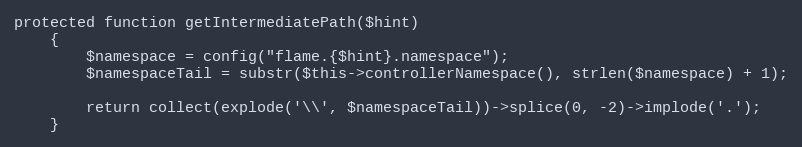
Language: PHP
protected function getIntermediatePath($hint)
    {
        $namespace = config("flame.{$hint}.namespace");
        $namespaceTail = substr($this->controllerNamespace(), strlen($namespace) + 1);

        return collect(explode('\\', $namespaceTail))->splice(0, -2)->implode('.');
    }